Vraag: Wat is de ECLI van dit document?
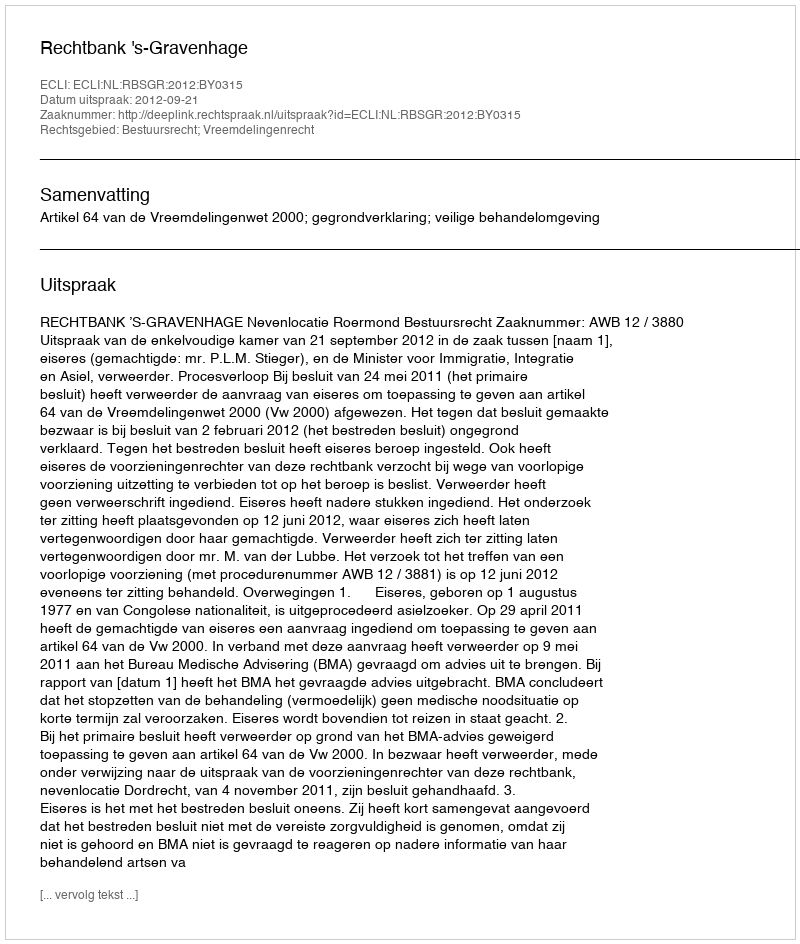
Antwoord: ECLI:NL:RBSGR:2012:BY0315